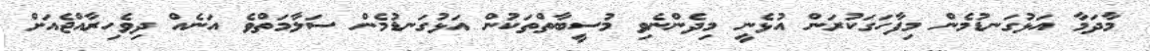
މާދަމާ އަޅުގަނޑުމެން މިފާހަގަކުރަން އުޅެނީ މިދެންނެވި މުސީބާތްތަކުން އަޅުގަނޑުމެން ސަލާމަތްވެ އަނެއް ދިވެހިރާއްޖެއަށް